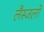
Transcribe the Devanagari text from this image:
लैस्जलो